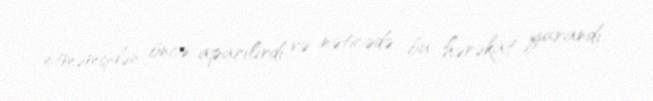
etməmişdən öncə aparılırdı və nəticədə bu hərəkat yarandı.